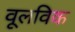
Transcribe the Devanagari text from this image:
वूलविक